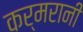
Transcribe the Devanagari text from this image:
कर्मरानी